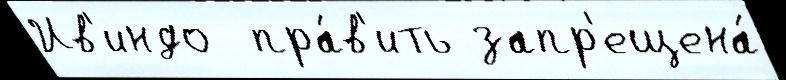
Ив'индо  пра́в'ить запр'ещена́